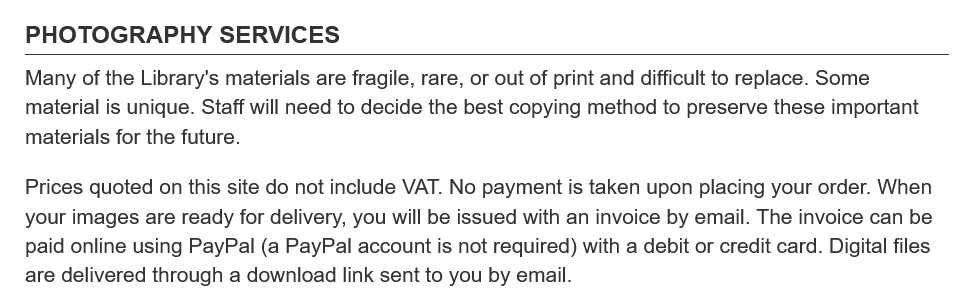
PHOTOGRAPHY    SERVICES
   Many of the Library's materials are fragile, rare, or out of print and difficult to replace. Some
   material is unique. Staff will need to decide the best copying method to preserve these important
   materials for the future.
   Prices quoted on this site do not include VAT. No payment is taken upon placing your order. When
   your images are ready for delivery, you will be issued with an invoice by email. The invoice can be
   paid online using PayPal (a PayPal account is not required) with a debit or credit card. Digital files
   are delivered through a download link sent to you by email.